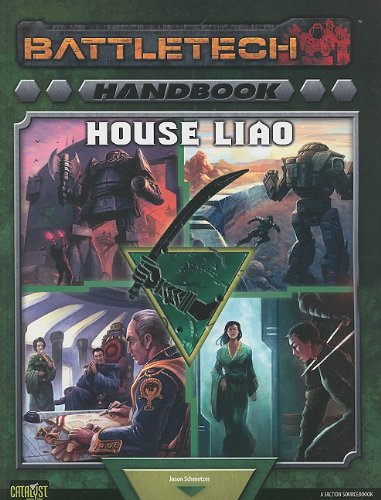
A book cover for Battletech Handbook: House Liao: A Faction Sourcebook (Battletech (Unnumbered)); Jason Schmetzer; Science Fiction & Fantasy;